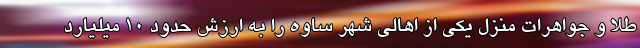
طلا و جواهرات منزل یکی از اهالی شهر ساوه را به ارزش حدود ۱۰ میلیارد